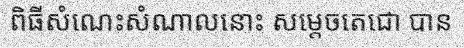
ពិធីសំណេះសំណាលនោះ សម្តេចតេជោ បាន